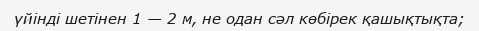
үйінді шетінен 1 — 2 м, не одан сәл көбірек қашықтықта;